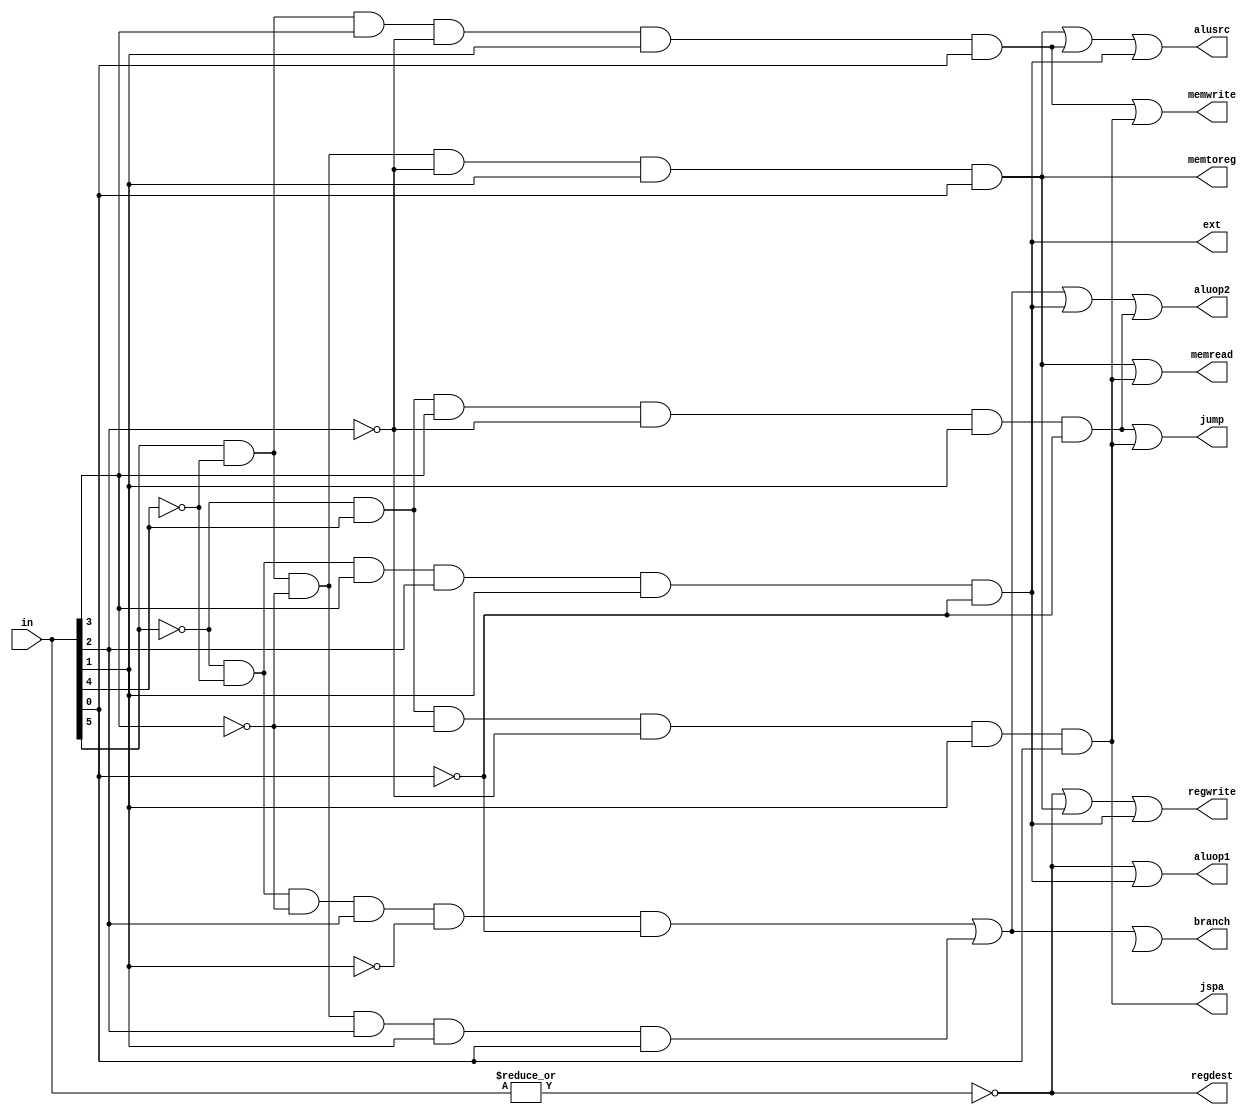
module control(in,regdest,alusrc,memtoreg,regwrite,memread,memwrite,branch,ext,jump,jspa,aluop1,aluop2);
input [5:0] in;
output regdest,alusrc,memtoreg,regwrite,memread,memwrite,branch,ext,jump,jspa,aluop1,aluop2;
wire rformat,lw,sw,beq,bgez,xori,brn;
assign rformat=~|in;
assign lw=in[5]& (~in[4])&(~in[3])&(~in[2])&in[1]&in[0];
assign sw=in[5]& (~in[4])&in[3]&(~in[2])&in[1]&in[0];
assign beq=~in[5]& (~in[4])&(~in[3])&in[2]&(~in[1])&(~in[0]);
assign bgez=in[5]& (~in[4])&(~in[3])&in[2]&(in[1])&(in[0]);
assign xori=~in[5]& (~in[4])&(in[3])&in[2]&(in[1])&(~in[0]);
assign balz=~in[5]& (in[4])&(in[3])&~(in[2])&(in[1])&(~in[0]);
assign jspal=~in[5]& (in[4])&~(in[3])&~(in[2])&(in[1])&(in[0]);
assign regdest=rformat;
assign alusrc=lw|sw|xori;
assign memtoreg=lw;
assign regwrite=rformat|lw|xori;
assign memread=lw|jspal;
assign memwrite=sw|jspal;
assign branch=beq|bgez|brn;
assign ext=xori;
assign jspa=jspal;
assign jump=balz|jspal;
assign aluop1=rformat|xori;
assign aluop2=beq|bgez|xori|balz;
endmodule